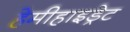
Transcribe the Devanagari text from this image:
हेमीहाइड्रेट